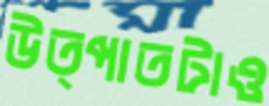
উত্পাতটাও